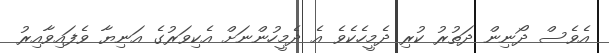
އެވެސް ދޯނިން ދަތުރު ކުރި ދެމީހެކެވެ އެ ދެމީހުންނަށް އެކިވަރުގެ އަނިޔާ ވެފައިވާއިރު